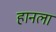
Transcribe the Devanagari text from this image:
हानला